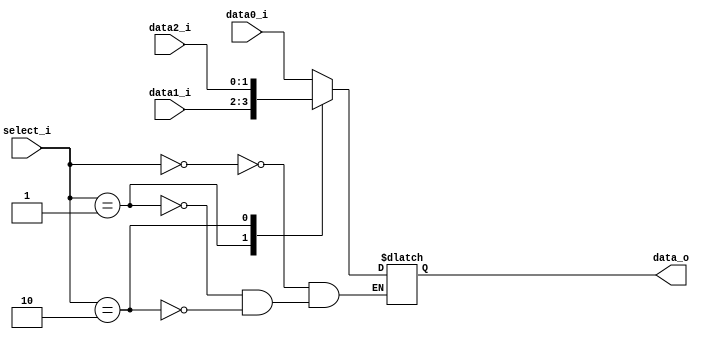
`timescale 1ns / 1ps
//////////////////////////////////////////////////////////////////////////////////
// Company: 
// Engineer: 
// 
// Design Name: 
// Module Name: MUX_3to1
// Project Name: 
// Target Devices: 
// Tool Versions: 
// Description: 
// 
// Dependencies: 
// 
// Revision:
// Revision 0.01 - File Created
// Additional Comments:
// 
//////////////////////////////////////////////////////////////////////////////////
     
module MUX_3to1(
               data0_i,
               data1_i,
			   data2_i,
               select_i,
               data_o
               );	   
			
parameter size = 0;	
			
//I/O ports               
input	[size-1:0]   data0_i;          
input	[size-1:0]   data1_i;
input	[size-1:0]   data2_i;
input   [1:0]		 select_i;

output	[size-1:0]   data_o; 

reg		[size-1:0]	 result;

always@(*)begin
    case(select_i)
        2'b00: result = data0_i;
        2'b01: result = data1_i;
        2'b10: result = data2_i;
    endcase 
end

assign data_o = result;

endmodule